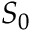
S _ { 0 }